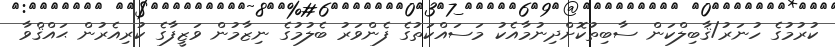
ކުރުމުގެ ހުނަރު/ޤާބިލްކަން ސާބިތުކޮށްދިނުމާއެކު މަސައްކަތުގެ ފެންވަރު ބެލުމުގެ ނިޒާމުން ވަޒީފާގެ ކުރިއެރުން ޙައްޤްވާ